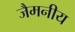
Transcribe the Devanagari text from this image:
जैमनीय